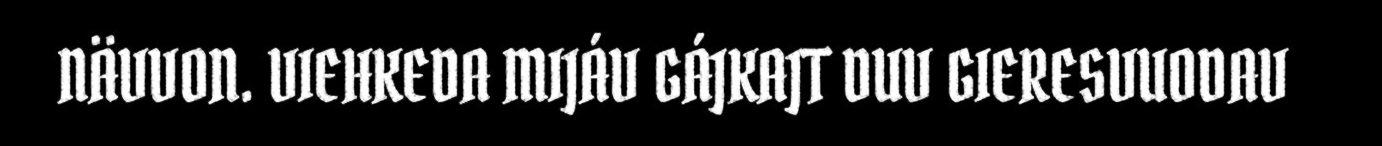
NÄVVON. VIEHKEDA MIJÁV GÁJKAJT DUV GIERESVUODAV